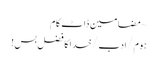
~ مضامین ڈاٹ کام
ہوم/ادب/خدا کا فضل بس!